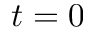
t = 0